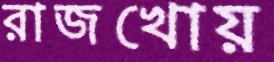
রাজখোয়